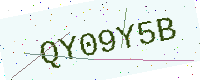
Text: QY09Y5B